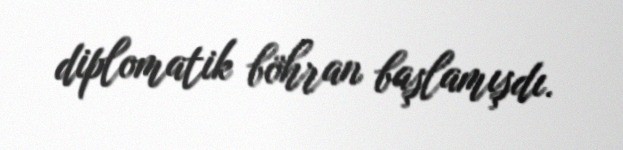
diplomatik böhran başlamışdı.